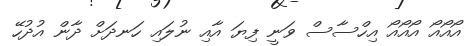
އޯއޯއޯ އޯއޯއޯ އިހްސާސް ވަނީ ފިޔަ އާއި ނުލައި ހަނދަށް ދާން އުދުހޭ